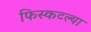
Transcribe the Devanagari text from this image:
फिस्कटल्या